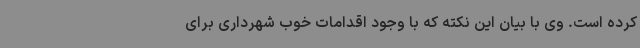
کرده است. وی با بیان این نکته که با وجود اقدامات خوب شهرداری برای